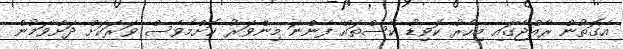
އެގޮތުން ރާއްޖޭގައި މިހާރު ކޮވިޑު ކޭސްތައް ފެންނަ މިންވަރު ކޮށްމެވެސް ވަރަކަށް ދަށްވަމުން